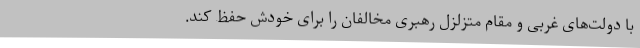
با دولت‌های غربی و مقام متزلزل رهبری مخالفان را برای خودش حفظ کند.